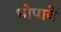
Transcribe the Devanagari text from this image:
धोपावे